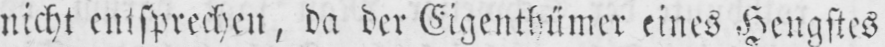
nicht entsprechen, da der Eigentümer eines Hengstes